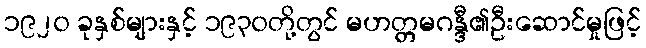
၁၉၂၀ ခုနှစ်များနှင့် ၁၉၃၀တို့တွင် မဟတ္တမဂန္ဒီ၏ဦးဆောင်မှုဖြင့်